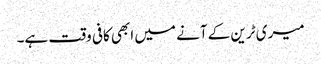
میری ٹرین کے آنے میں ابھی کافی وقت ہے۔